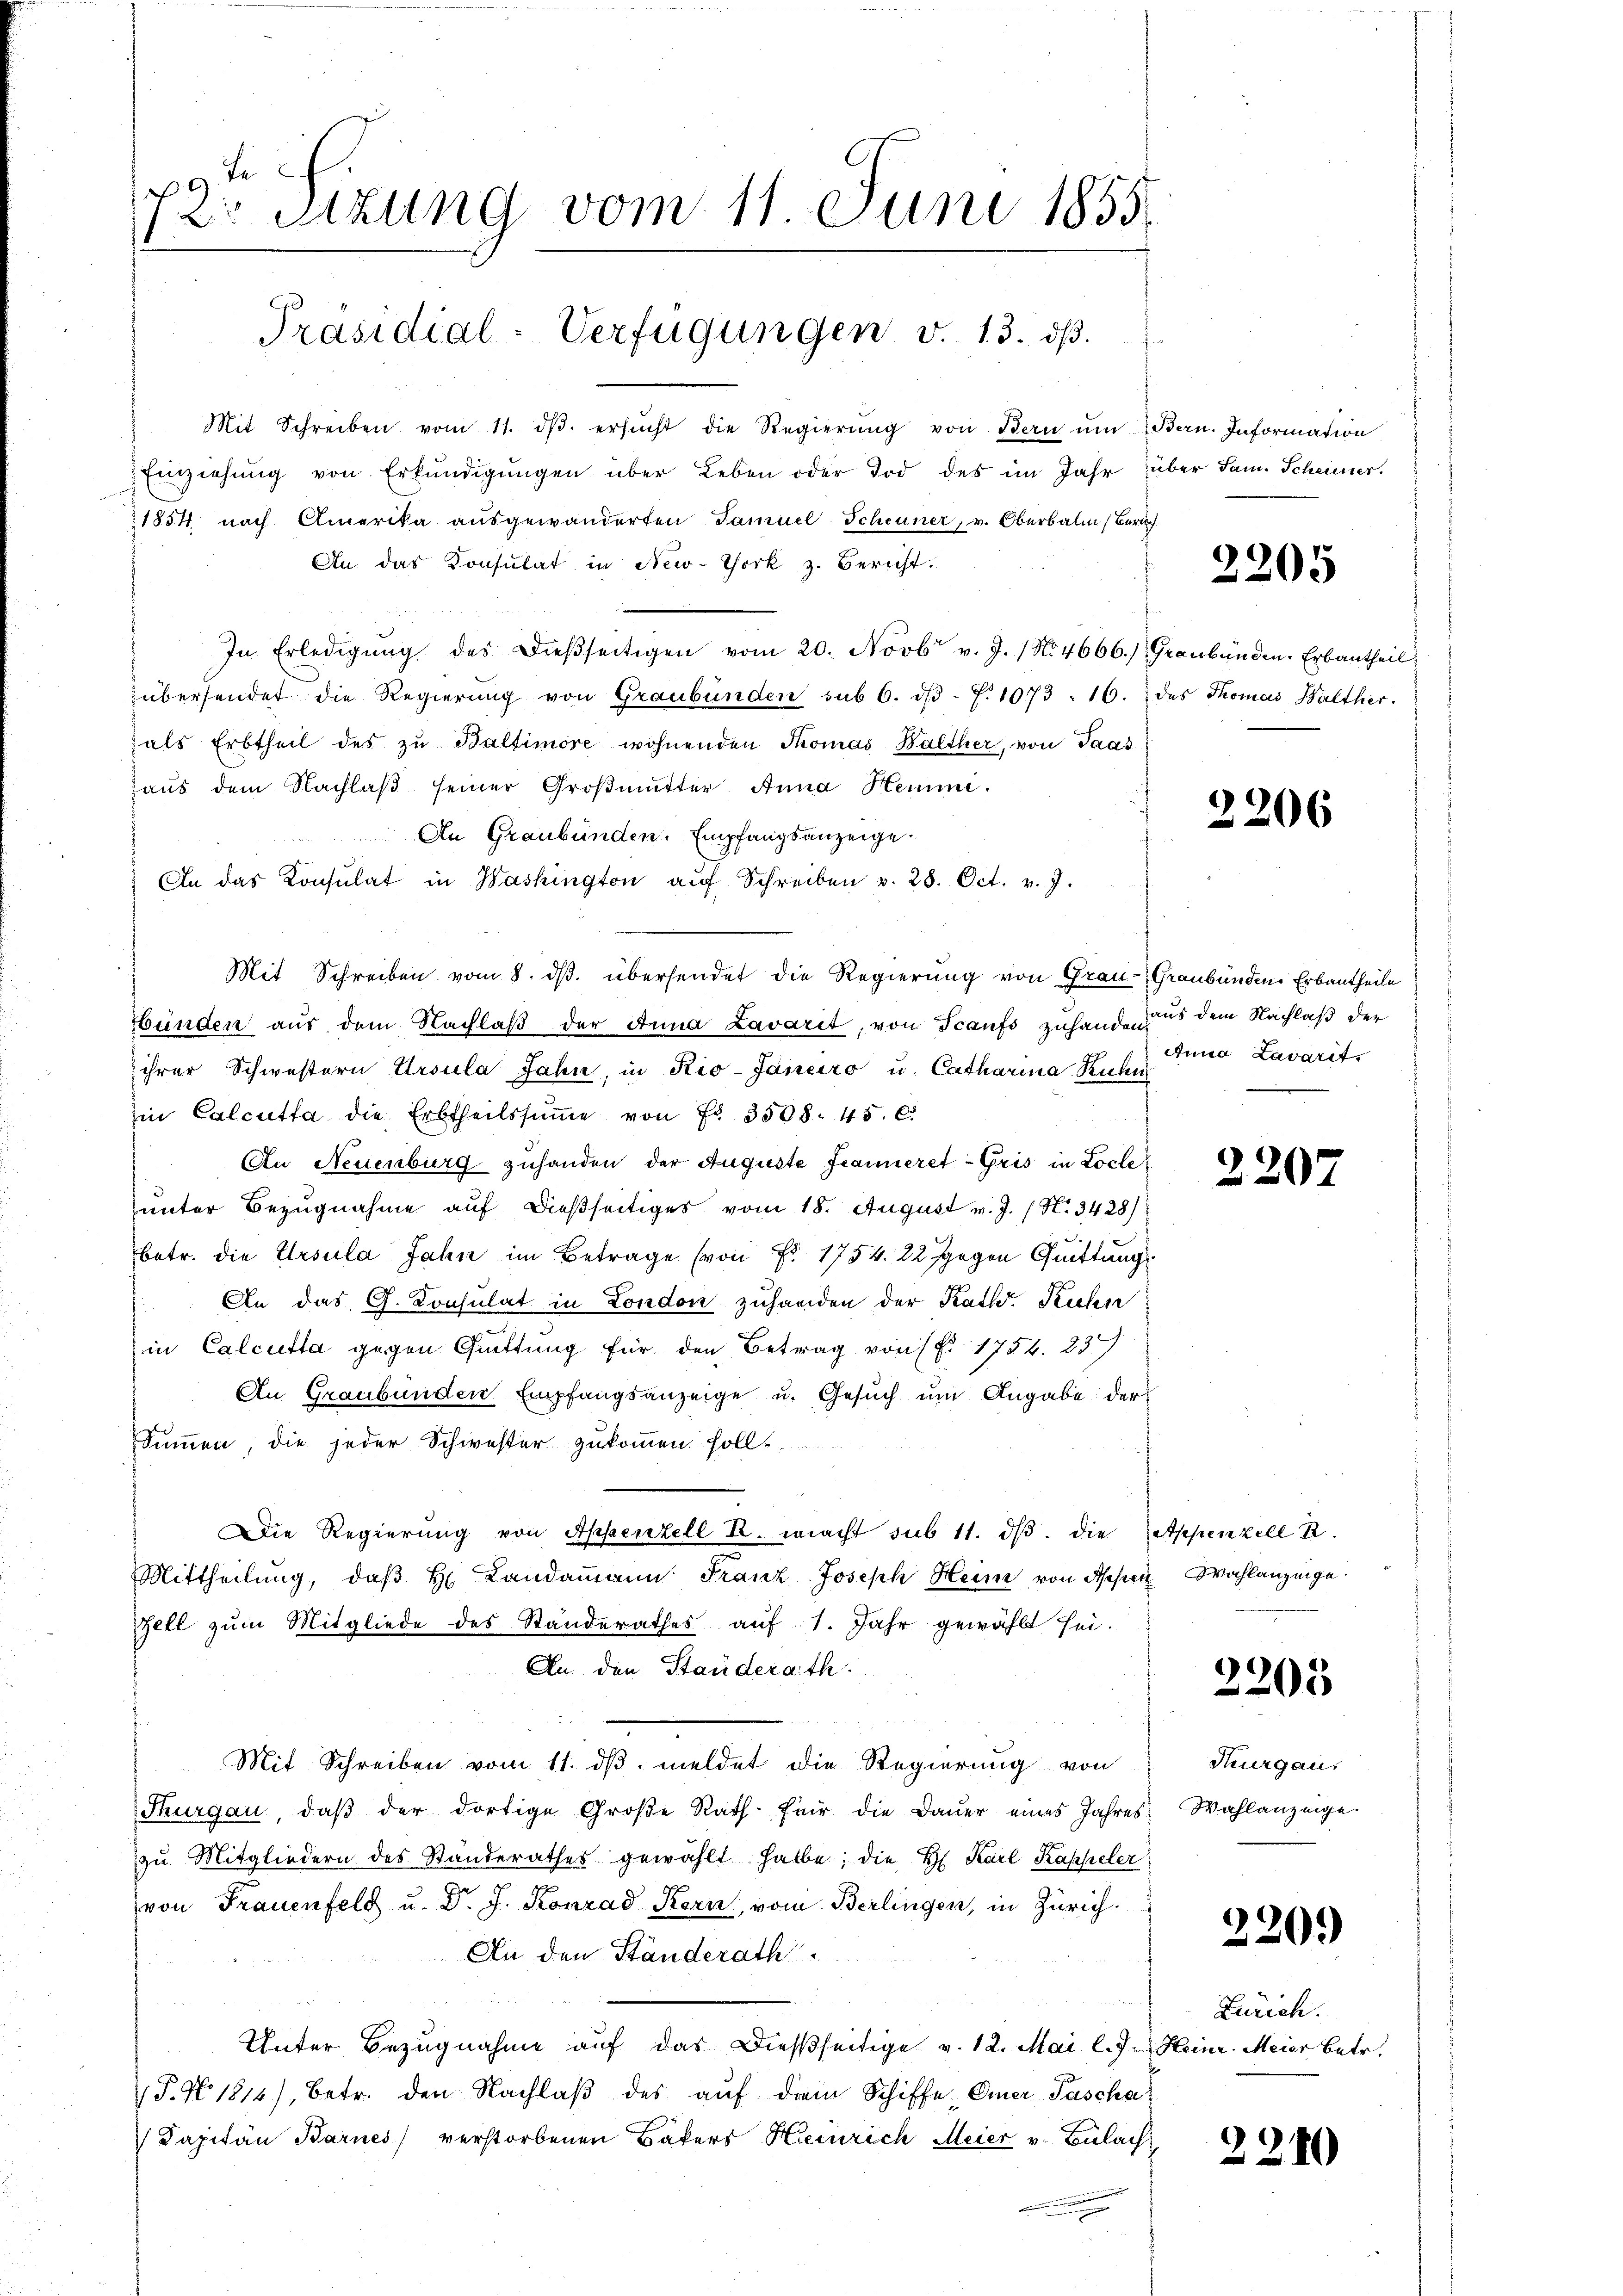
19 x
2 Stzung vom 11. Juni 1855.
.
Präsidial-Verfügungen v. 13. dβ.

Mit Schreiben vom 11. dβ. ersŭcht die Regierŭng von Bern ŭm Bern. Information
Einziehŭng von Erkŭndigŭngen über Leben oder Tod des im Jahr über Sam. Scheiner.
1854 nach Amerika ausgewanderten Samuel Scheuner, v. Oberbalm (Zürich
An das Konsulat in New-York z. Bericht.
In Erledigŭng des dieβseitigen vom 20. Novbr v. J. 1 No 4666.) Graubünden. Erbantheil
übersendet die Regierung von Graubünden sub 6. dβ. 7. 1073: 16. des Thomas Walther.
als Erbtheil des zŭ Baltimore wohnenden Thomas Balther, von Paas
haŭs dem Nachlaβ seiner Großmutter Anna Hemmi.
An Graubünden Empfangsanzeige
An das Konsulat in Washington aŭf Schreiben v. 28. Oct. v. J.
Mit Schreiben vom 8. ds. übersendet die Regierung von Grau-Graubünden Erbautheile
bünden aus dem Nachlaβ der Anna Lavarit, von Scanfs zuhande aus dem Nachlaß der
ihrer Schwestern Ursula Jahn, in Kio-Janeiro u. Catharina Kuhn
in Calcutta die Erbtheilssŭṁe von Fr. 3508. 45. 6.
An Neuenburg zuhanden der Auguste Francieret Gris in Locle
unter Bezugnahme auf dießseitiges vom 18. August v. J. / N. 3428)
betr. die Ursula Jahn im Betrage (von Fr. 1754. 22 gegen Quittung
An das G. Konsulat in London zuhanden der Kath. Kuhn
in Calcutta gegen Guittung für den Betrag von (§ 1754. 83
An Graubünden Empfangsanzeige u. Gesuch um Angabe der
Summen, die jeder Schwester zukommen. Sollt
Die Regierung von Appenzell u. macht sub 11. dβ. die Appenzell A.
Mittheilŭng, daβ H. Landaṁann: Franz Joseph Heim von Appen Wahlanzeige.
Zell zum Mitgliede des Standerathes auf 1. Jahr gewählt sei.
An den Standerath.
Mit Schreiben vom 11. dβ meldet die Regierung von
Thurgau, daβ der dortige Große Rath für die Dauer eines Jahres
zu Mitgliedern des Standerathes gewählt habe; die H. Karl Kappeler
von Frauenfeld u. Dr. J. Konrad Kern, vom Berlingen, in Zürich¬
An den Ständerath
Unter Bezugnahme auf das Dießseitige v. 12. Mai l. J. Heinr. Meier betr.
P. Nr. 1814), betr. den Nachlaß des auf dem Schiffe Einer Pascha
Dapitän Barnes verstorbenen Bäkers Heinrich Meier v. Bülach

2205

2206

Anna Lavarit

2207

2205

Thurgau,
Wahlanzeige.

2201)

Zürich.

2240